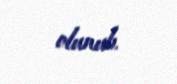
olunub.